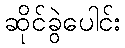
ဆိုင်ခွဲပေါင်း